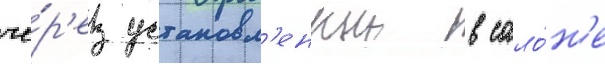
че́р'ез установл'енныи в сало́н'е